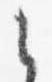
之